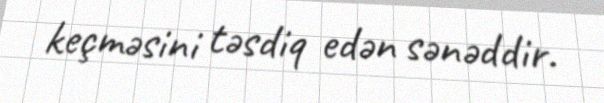
keçməsini təsdiq edən sənəddir.